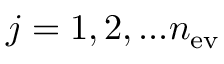
j = 1 , 2 , . . . n _ { \mathrm { e v } }